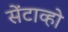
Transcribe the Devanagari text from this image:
सेंटाव्हो